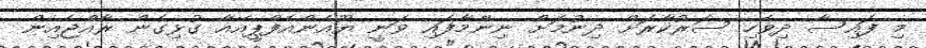
މި ފައިސާ ދިވެހި ސަރުކާރަށް ދިނުމަށް ނިންމާފައި ވަނީ ޔޫއެންއެފްޕީއޭއާ ގުޅިގެން ރާއްޖެއިން